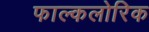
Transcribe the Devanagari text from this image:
फाल्कलोरिक